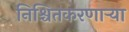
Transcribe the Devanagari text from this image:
निश्चितकरणाऱ्या